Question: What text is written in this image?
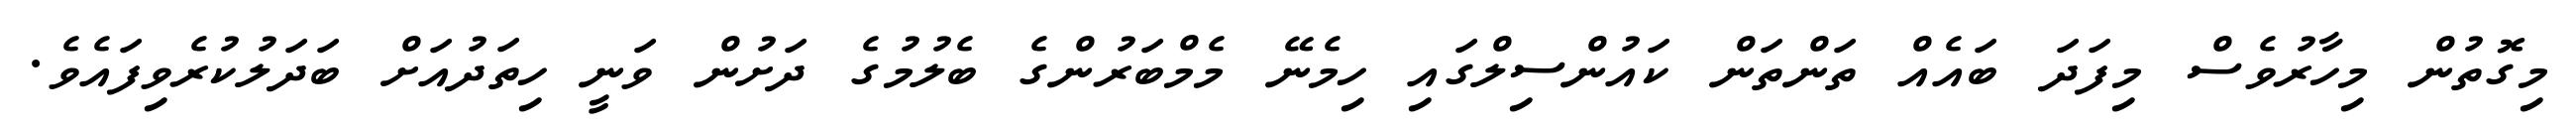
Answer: މިގޮތުން މިހާރުވެސް މިފަދަ ބައެއް ތަންތަން ކައުންސިލްގައި ހިމެނޭ މެމްބަރުންގެ ބެލުމުގެ ދަށުން ވަނީ ހިތަދުއަށް ބަދަލުކުރެވިފައެވެ.